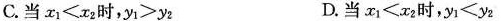
C.当$$x_ { 1 } < x_ { 2 }$$时,$$y _ { 1 } > y _ { 2 }$$ D.当$$x _ { 1 } < x _ { 2 }$$时,$$y _ { 1 } < y _ { 2 }$$